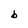
Character: b